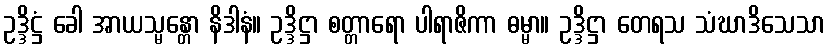
ဥဒ္ဒိဋ္ဌံ ခေါ အာယသ္မန္တော နိဒါနံ။ ဥဒ္ဒိဋ္ဌာ စတ္တာရော ပါရာဇိကာ ဓမ္မာ။ ဥဒ္ဒိဋ္ဌာ တေရသ သံဃာဒိသေသာ